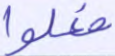
فعلوا